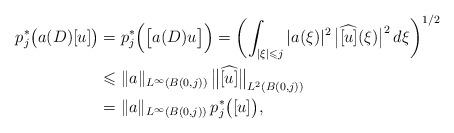
LaTeX: \begin{align*}p_{j}^{*}\big(a(D)[u]\big) &= p_{j}^{*}\Big( \big[a(D)u \big] \Big) = \left (\int_{|\xi|\leqslant j} |a(\xi)|^{2} \, \big| \widehat{[u]}(\xi) \big|^{2} \, d\xi \right)^{1/2} \\ & \leqslant \| a \|_{L^{\infty}(B(0,j))} \, \big\| \widehat{[u]} \big\|_{L^{2}(B(0,j))}\\ & = \| a \|_{L^{\infty}(B(0,j))} \, p_{j}^{*}\big([u]\big),\end{align*}